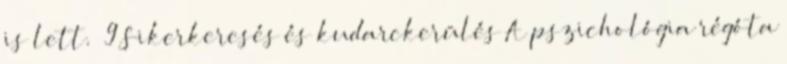
is lett.” 9 Sikerkeresés és kudarckerülés A pszichológia régóta